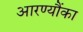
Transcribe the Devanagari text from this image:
आरण्यौंका